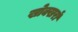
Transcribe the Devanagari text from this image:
खोक्खरों